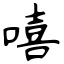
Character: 嘻